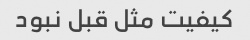
کیفیت مثل قبل نبود